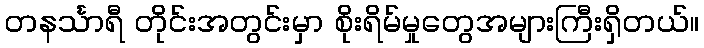
တနင်္သာရီ တိုင်းအတွင်းမှာ စိုးရိမ်မှုတွေအများကြီးရှိတယ်။